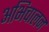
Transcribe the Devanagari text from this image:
अभिचालन